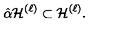
\hat { \alpha } { \cal H } ^ { ( \ell ) } \subset { \cal H } ^ { ( \ell ) } .